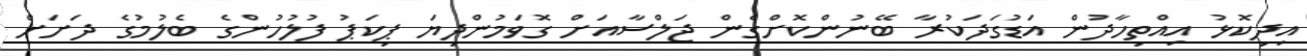
އިދިކޮޅު އިއްތިހާދުން އަޑުގަދަކުރާ ބޭނުންކޮށްގެން ޖަލްސާއަށް ގޮވަމުންދިޔަ ޕިކަޕު ފުލުހުންގެ ބެލުމުގެ ދަށަށް